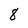
Character: 8